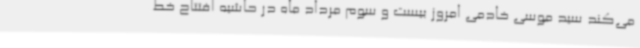
می‌کند سید موسی خادمی امروز بیست و سوم مرداد ماه در حاشیه افتتاح خط